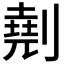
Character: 𠟋